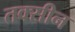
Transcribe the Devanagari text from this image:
तक्सीन